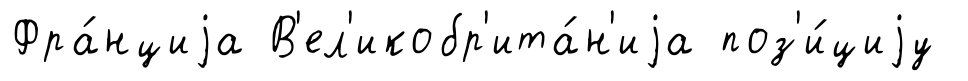
Фра́нциjа В'ел'икобр'ита́н'иjа поз'и́циjу